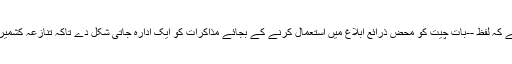
انہوںنے کہا کہ نئی دلی کو چاہئے کہ لفظ --بات چیت کو محض ذرائع ابلاغ میں استعمال کرنے کے بجائے مذاکرات کو ایک ادارہ جاتی شکل دے تاکہ تنازعہ کشمیرکو ہمیشہ کیلئے حل کیا جاسکے۔